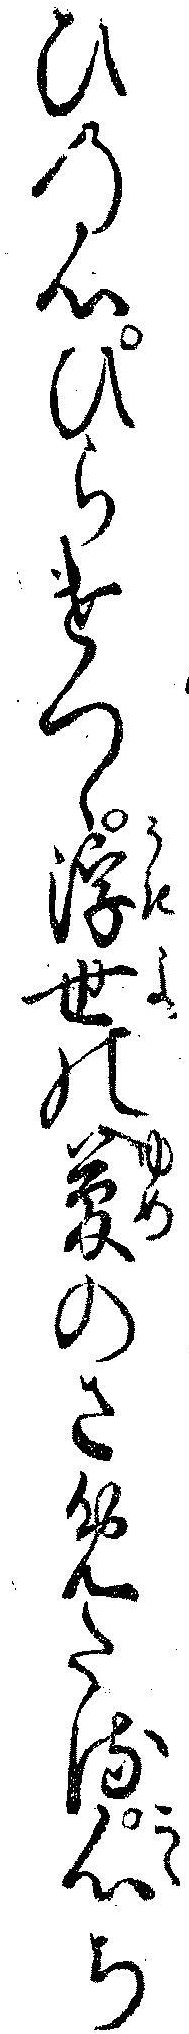
ひの心ひらけつゝ浮世の夢のさめたる心ち